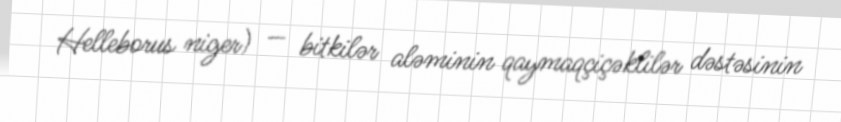
Helleborus niger) — bitkilər aləminin qaymaqçiçəklilər dəstəsinin